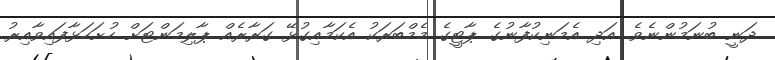
ދަނީ ބުނަމުންނެވެ. އަދި އެމަނިކުފާނުގެ ޕާޓީގެ މެމްބަރަކު އެކަމާއިގުޅޭ ގަރާރެއް ޕާލިމަންޓަށް ހުށަހަޅާފައިވާއިރު